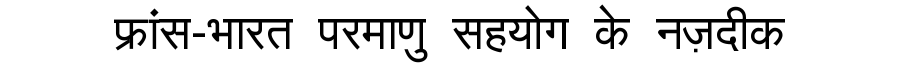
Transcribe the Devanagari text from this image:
फ्रांस-भारत परमाणु सहयोग के नज़दीक